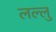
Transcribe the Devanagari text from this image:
लल्लु